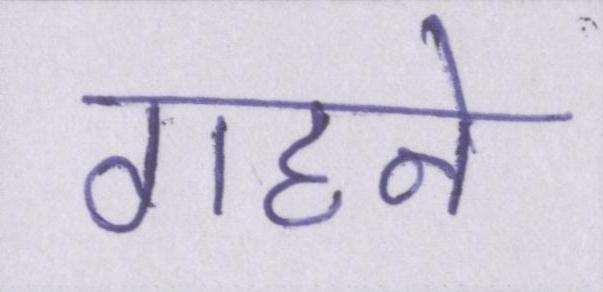
गहने